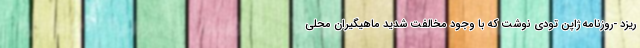
ریزد -روزنامه ژاپن تودی نوشت که با وجود مخالفت شدید ماهیگیران محلی